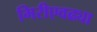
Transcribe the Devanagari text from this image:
मिरीएवढ्या